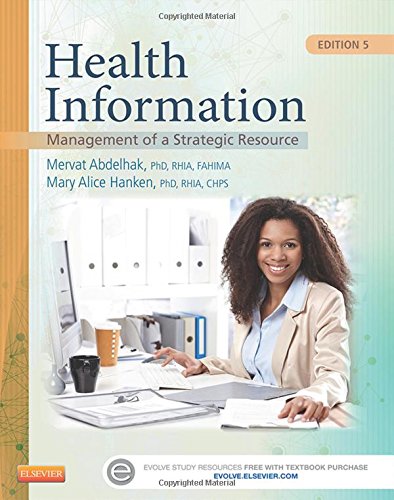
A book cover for Health Information: Management of a Strategic Resource, 5e; Mervat Abdelhak PhD  RHIA  FAHIMA; Medical Books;